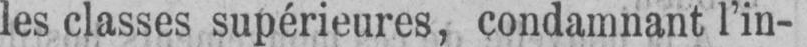
les classes supérieures, condamnant l’in-